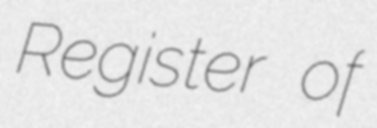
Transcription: Register of